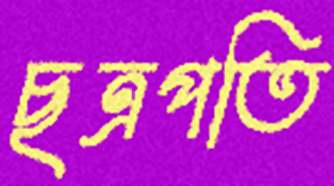
ছত্রপতি